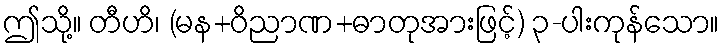
ဤသို့။ တီဟိ၊ (မန+ဝိညာဏ+ဓာတုအားဖြင့်) ၃-ပါးကုန်သော။